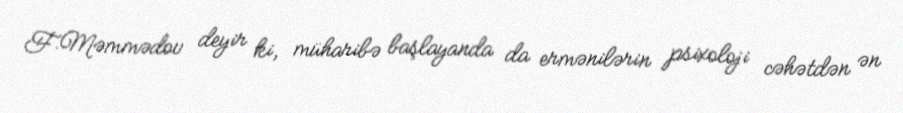
F.Məmmədov deyir ki, müharibə başlayanda da ermənilərin psixoloji cəhətdən ən